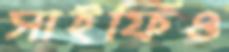
সাইফিও